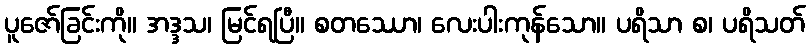
ပူဇော်ခြင်းကို။ အဒ္ဒသ၊ မြင်ရပြီ။ စတဿော၊ လေးပါးကုန်သော။ ပရိသာ စ၊ ပရိသတ်